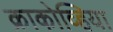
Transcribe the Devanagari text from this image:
क्राकोव्हिया